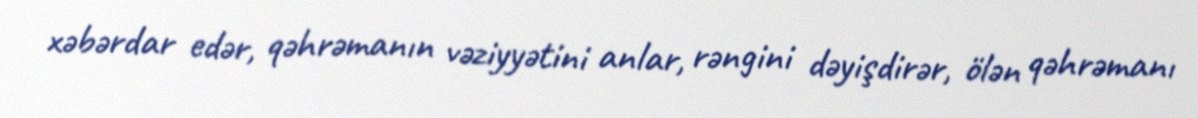
xəbərdar edər, qəhrəmanın vəziyyətini anlar, rəngini dəyişdirər, ölən qəhrəmanı